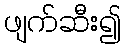
ဖျက်ဆီး၍